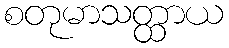
စတုမာသတ္ထာယ